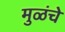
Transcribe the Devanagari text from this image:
मुळंचे